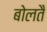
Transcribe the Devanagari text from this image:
बोलतै